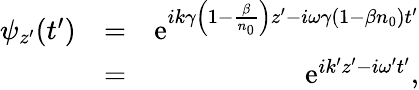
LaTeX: \begin{array}{rlr}{\psi_{z^{\prime}}(t^{\prime})}&{=}&{\mathrm{e}^{ik\gamma\left(1-\frac{\beta}{n_{0}}\right)z^{\prime}-i\omega\gamma\left(1-\beta n_{0}\right)t^{\prime}}}\\ &{=}&{\mathrm{e}^{ik^{\prime}z^{\prime}-i\omega^{\prime}t^{\prime}},}\end{array}